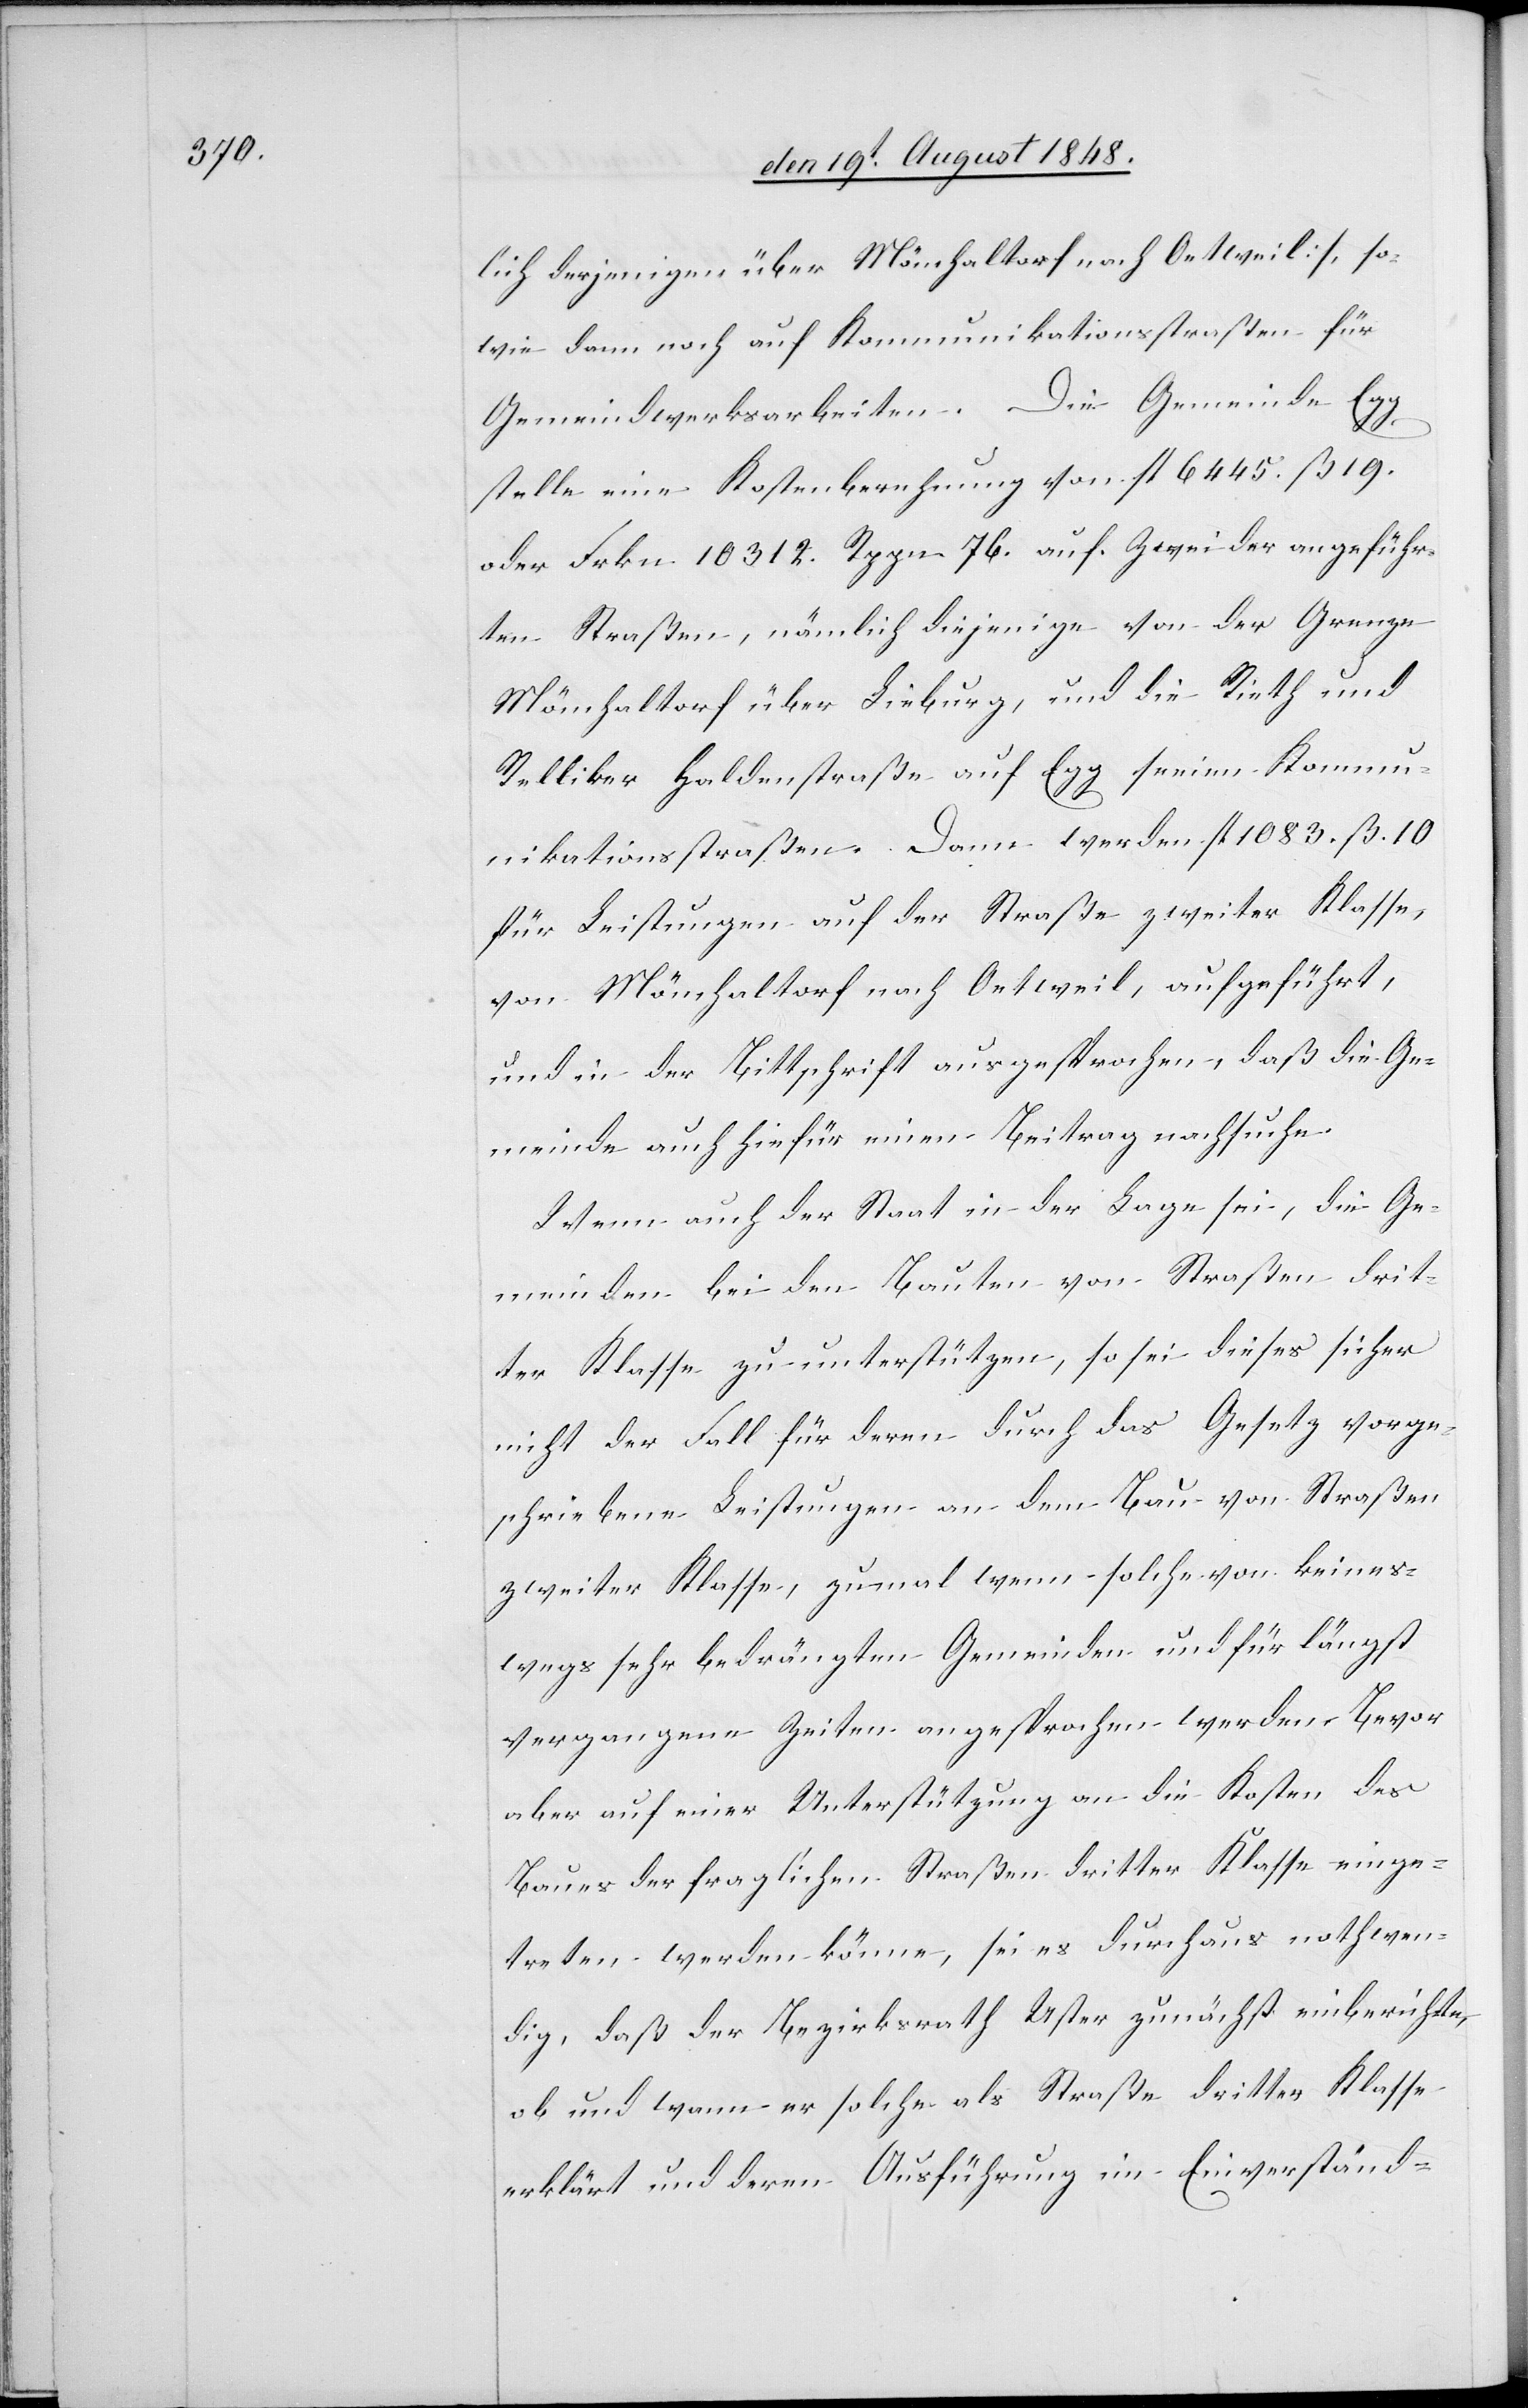
lich derjenigen über Mönchaltorf nach Oetweil], so¬
wie dann noch auf Kommunikationsstraßen für
Gemeindwerksarbeiten. Die Gemeinde Egg,
stelle eine Kostenberechnung von fl. 6445. ß. 19.
oder Frkn. 10312. Rppn. 76. auf. Zwei der angeführ¬
ten Straßen, nämlich diejenige von der Grenze
Mönchaltorf über Lieburg, und die Rieth und
Relliker Haldenstraße auf Egg seien Kommu¬
nikationsstraßen. Dann werden fl. 1083. ß. 10.
für Leistungen auf der Straße zweiter Klasse,
von Mönchaltorf nach Oetweil, aufgeführt,
und in der Bittschrift ausgesprochen, daß die Ge¬
meinde auch hiefür einen Beitrag nachsuche.
Wenn auch der Staat in der Lage sei, die Ge¬
meinden bei den Bauten von Straßen drit¬
ter Klasse zu unterstützen, so sei dieses sicher
nicht der Fall für deren durch das Gesetz vorge¬
schriebene Leistungen an dem Bau von Straßen
zweiter Klasse, zumal wenn solche von keines¬
wegs sehr bedrängten Gemeinden und für längst
vergangene Zeiten angesprochen werden. Bevor
aber auf einer Unterstützung an die Kosten des
Baues der fraglichen Straßen dritter Klasse einge¬
treten werden könne, sei es durchaus nothwen¬
dig, daß der Bezirksrath Uster zunächst einberichte,
ob und wann er solche als Straße dritter Klasse
erklärt und deren Ausführung im Einverständ-